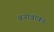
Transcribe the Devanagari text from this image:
बनावाकर